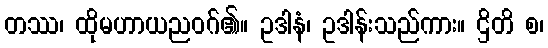
တဿ၊ ထိုမဟာယညဝဂ်၏။ ဥဒါနံ၊ ဥဒါန်းသည်ကား။ ဌိတိ စ၊